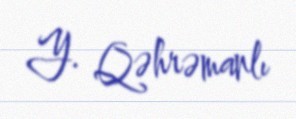
Y. Qəhrəmanlı